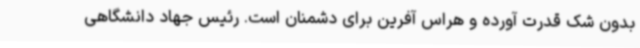
بدون شک قدرت آورده و هراس آفرین برای دشمنان است. رئیس جهاد دانشگاهی